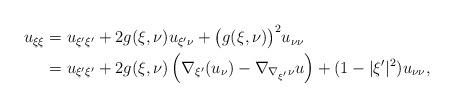
LaTeX: \begin{align*}\begin{aligned}u_{\xi\xi} &= u_{\xi'\xi'} + 2 g(\xi, \nu) u_{\xi'\nu} + \big(g(\xi, \nu)\big)^2 u_{\nu\nu}\\&= u_{\xi'\xi'} + 2 g(\xi, \nu) \left( \nabla_{\xi'}(u_\nu) - \nabla_{\nabla_{\xi'}\nu}u \right) + (1 - |\xi'|^2) u_{\nu\nu}, \end{aligned}\end{align*}